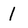
Character: 1